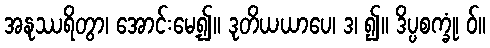
အနုဿရိတွာ၊ အောင်းမေ့၍။ ဒုတိယယာပေ၊ ဒ၊ ၍။ ဒိပ္ပစက္ခုံ၊ ဝ်။